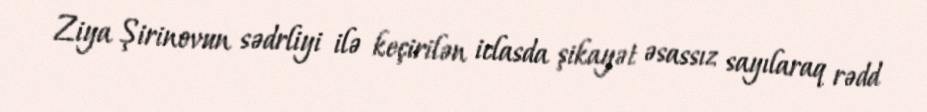
Ziya Şirinovun sədrliyi ilə keçirilən iclasda şikayət əsassız sayılaraq rədd